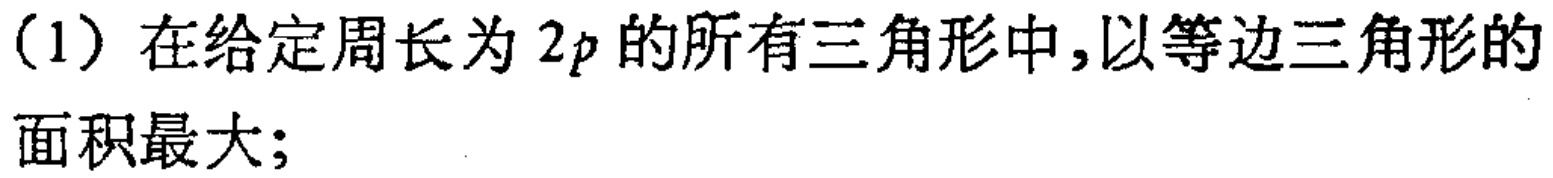
(1) 在给定周长为 \(2p\) 的所有三角形中,以等边三角形的面积最大;